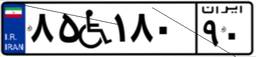
۸۵W۱۸۰۹۰